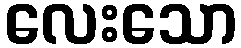
လေးသော